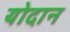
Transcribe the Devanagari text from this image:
योदान